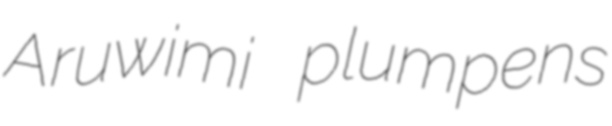
Aruwimi plumpens